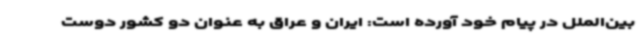
بین‌الملل در پیام خود آورده است: ایران و عراق به عنوان دو کشور دوست